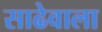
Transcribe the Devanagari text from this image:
साढेवाला